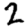
Digit: 2